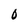
Character: 0